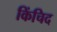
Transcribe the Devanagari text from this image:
किंचिद